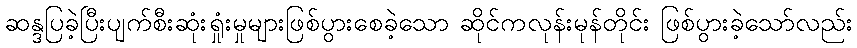
ဆန္ဒပြခဲ့ပြီးပျက်စီးဆုံးရှုံးမှုများဖြစ်ပွားစေခဲ့သော ဆိုင်ကလုန်းမုန်တိုင်း ဖြစ်ပွားခဲ့သော်လည်း